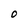
Character: O